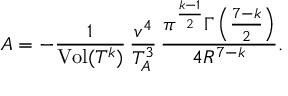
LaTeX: A = - \frac { 1 } { \mathrm { V o l } ( T ^ { k } ) } \, \frac { v ^ { 4 } } { T _ { A } ^ { 3 } } \, \frac { \pi ^ { \frac { k - 1 } { 2 } } \Gamma \left( \frac { 7 - k } { 2 } \right) } { 4 R ^ { 7 - k } } .